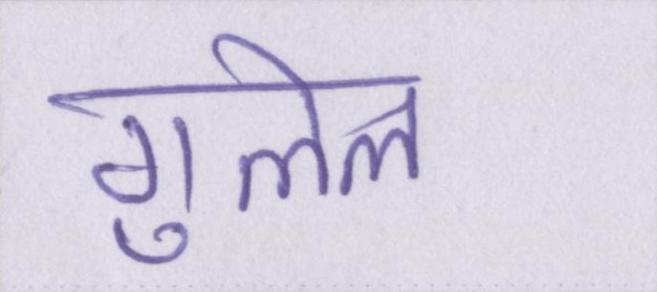
गुलेल